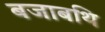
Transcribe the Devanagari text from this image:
बजाबथि